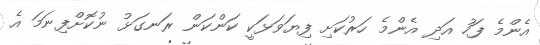
އެންމެ ފަހު އަދި އެންމެ ހަރުކަށި ފިޔަވަޅަކީ ކަންކަން ރަނގަޅު ނުކޮށްފިނަމަ އެ